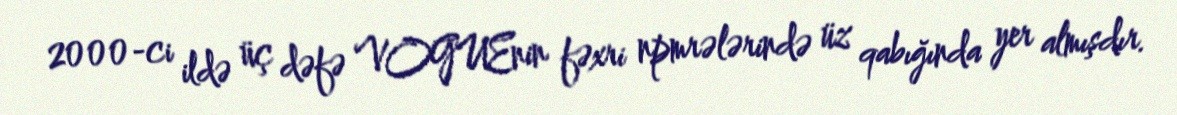
2000-ci ildə üç dəfə VOGUEnin fəxri npmrələrində üz qabığında yer almışdır.